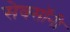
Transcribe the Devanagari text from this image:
सेक्सॉनी